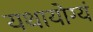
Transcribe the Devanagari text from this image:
यथायोग्यं